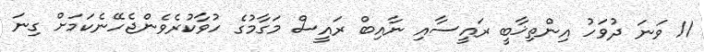
11 ވަނަ ދުވަހު އިންތިޚާބީ ރައީސާއި ނާއިބް ރައީސް މަގާމުގެ ހުވާކުރެވެންޖެހޭނެކަމަށް ގިނަ